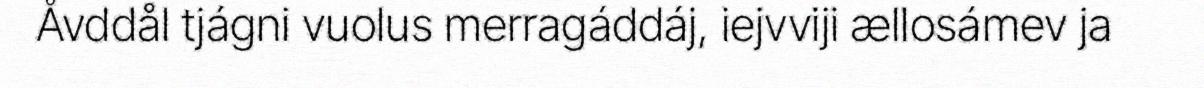
Åvddål tjágni vuolus merragáddáj, iejvviji ællosámev ja